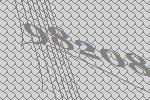
98208